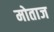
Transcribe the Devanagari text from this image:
मोताज